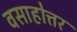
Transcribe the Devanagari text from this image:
वसाहोत्तर